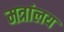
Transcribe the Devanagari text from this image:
मत्रांलय